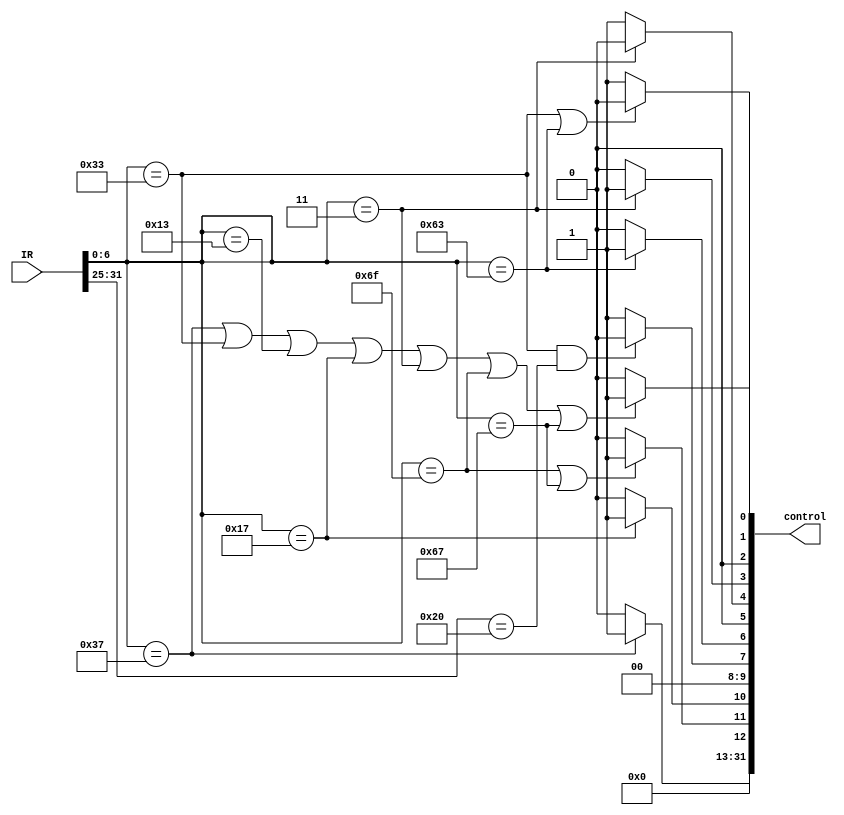
`timescale 1ns / 1ps
//////////////////////////////////////////////////////////////////////////////////
// Company: 
// Engineer: 
// 
// Design Name: 
// Module Name: Ctrl
// Project Name: 
// Target Devices: 
// Tool Versions: 
// Description: 
// 
// Dependencies: 
// 
// Revision:
// Revision 0.01 - File Created
// Additional Comments:
// 
//////////////////////////////////////////////////////////////////////////////////


module Ctrl(
    input [31:0] IR,
    output [31:0] control
);

assign control[6] = (IR[6:0]==7'b1100011) ? 1 : 0; // beq blt bne bge bltu bgeu
assign control[3] = (IR[6:0]==7'b0000011) ? 1 : 0; // lw
assign control[4] = (IR[6:0]==7'b0000011) ? 0 : 1; // lw:0; add,addi,auipc,sub:1
assign control[7] = ((IR[6:0]==7'b0110011)&&(IR[31:25]==7'b0100000)) ? 0 : 1;
//assign control[2] = (IR[6:0]==7'b0100011 && ALU_result[8]==0) ? 1 : 0; // sw,256IO
assign control[1] = (IR[6:0]==7'b0110011 || IR[6:0]==7'b1100011) ? 0 : 1;
// add,sub,beq,blt:0     addi,auipc,lw,sw:1
assign control[0] = (IR[6:0]==7'b0110111 || IR[6:0]==7'b0110011 || IR[6:0]==7'b0010011 || IR[6:0]==7'b0010111 || IR[6:0]==7'b0000011 || IR[6:0]==7'b1101111 || IR[6:0]==7'b1100111) ? 1 : 0;
// add,sub,addi,auipc,lw,jal,jalr: 1
assign control[10] = (IR[6:0]==7'b0010111) ? 1 : 0; 
assign control[11] = (IR[6:0]==7'b1101111 || IR[6:0]==7'b1100111) ? 1 : 0;
//assign control[5] = Branch & ((IR[14:12]==3'b000) ? ALU_equal : ALU_lessthan);
assign control[12] = (IR[6:0]==7'b0110111) ? 1 : 0;

assign control[2] = 0;
assign control[5] = 0;
assign control[8] = 0;
assign control[9] = 0;
assign control[31:13] = 0;

endmodule